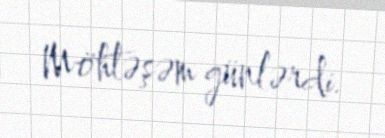
Möhtəşəm günlərdi.